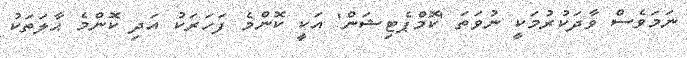
ނަމަވެސް ވާދަކުރުމަކީ ނުވަތަ 'ކޮމްޕެޓިޝަން' އަކީ ކޮންމެ ފަހަރަކު އަދި ކޮންމެ ޙާލަތަކު